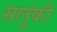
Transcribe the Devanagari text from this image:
सलुंकी